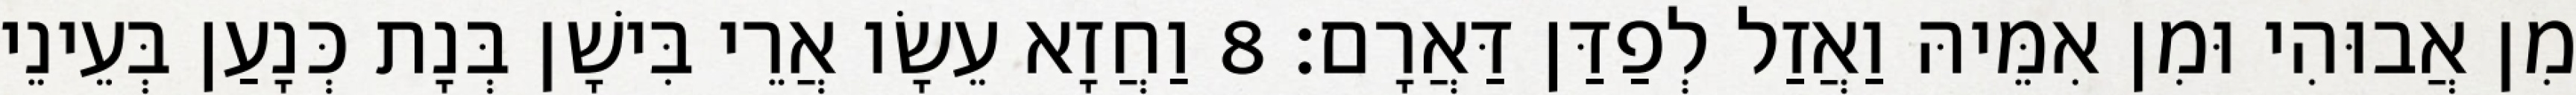
מִן אֲבוּהִי וּמִן אִמֵּיהּ וַאֲזַל לְפַדַּן דַּאֲרָם׃ 8 וַחֲזָא עֵשָׂו אֲרֵי בִּישָׁן בְּנָת כְּנָעַן בְּעֵינֵי